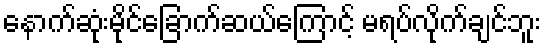
နောက်ဆုံးမိုင်ခြောက်ဆယ်ကြောင့် မရပ်လိုက်ချင်ဘူး